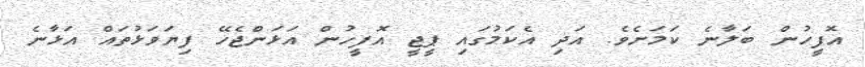
އޮފީހުން ބަލާނެ ކަމަށެވެ. އަދި އެކަމުގައި ޕީޖީ އޮފީހުން އަޅަންޖެހޭ ފިޔަވަޅުތައް އަޅާނެ